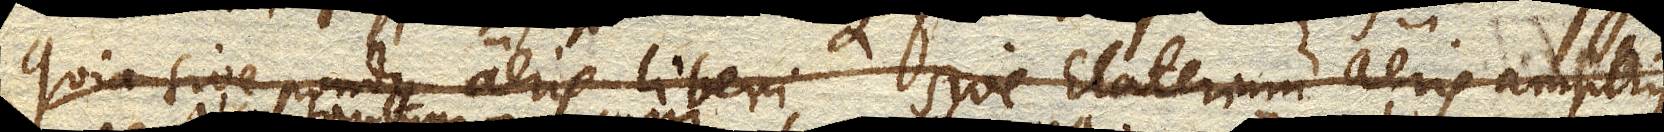
Quia sive pondus aeris liberi, sive Elaterium aeris amplius